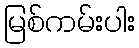
မြစ်ကမ်းပါး